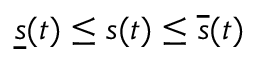
\underline { { s } } ( t ) \leq s ( t ) \leq \overline { { s } } ( t )